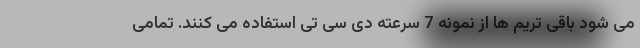
می شود باقی تریم ها از نمونه 7 سرعته دی سی تی استفاده می کنند. تمامی